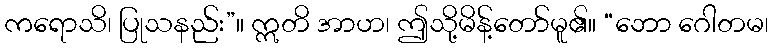
ကရောသိ၊ ပြုသနည်း”။ ဣတိ အာဟ၊ ဤသို့မိန့်တော်မူ၏။ “ဘော ဂေါတမ၊